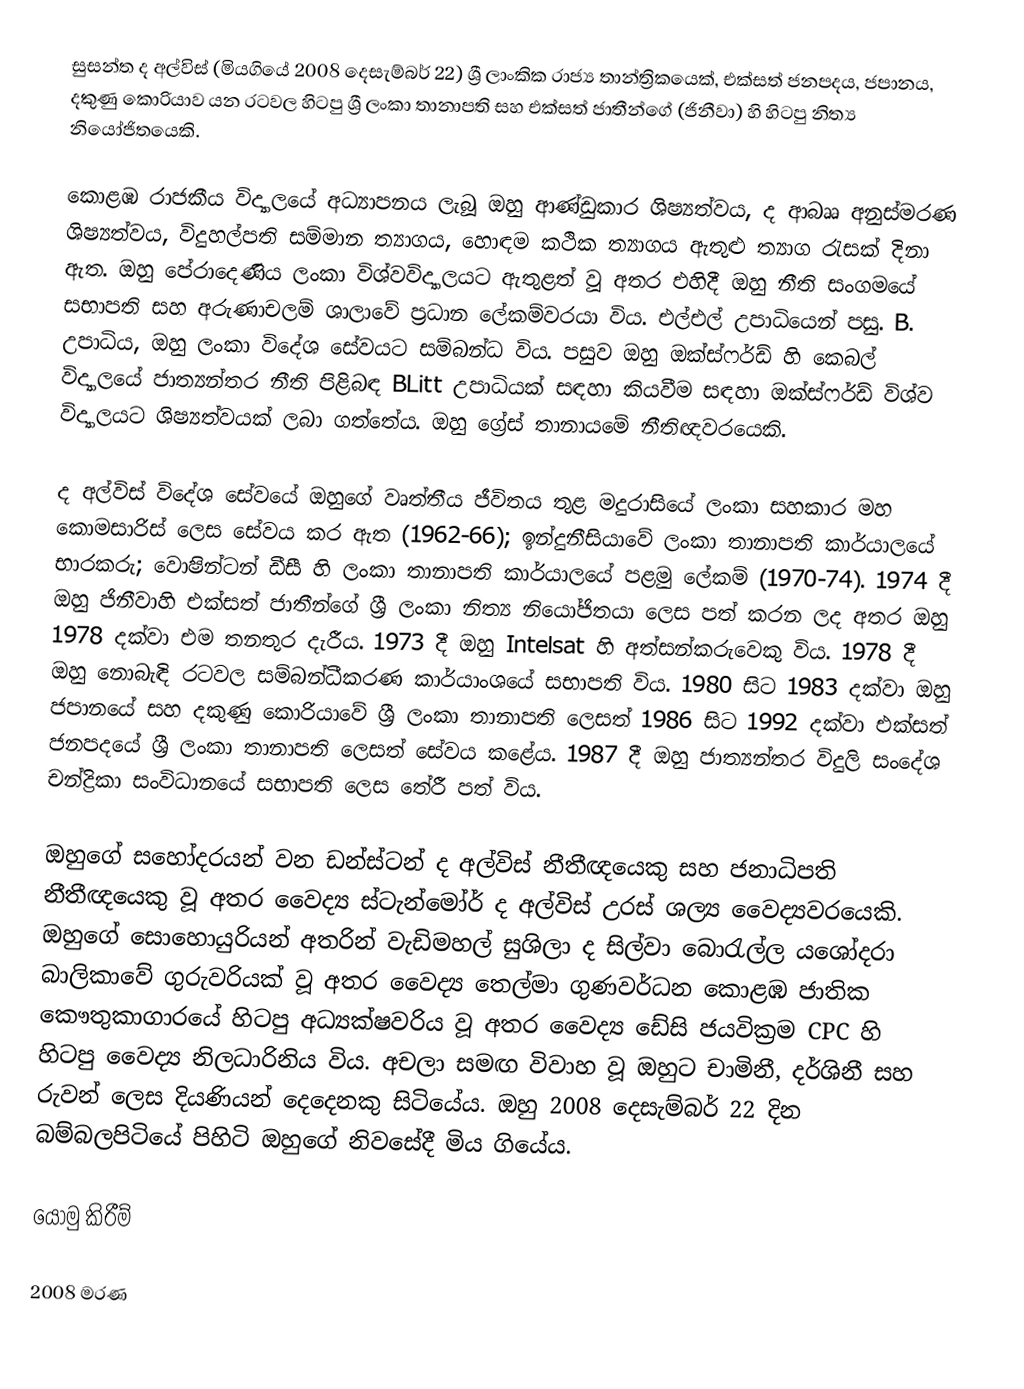
සුසන්ත ද අල්විස් (මියගියේ 2008 දෙසැම්බර් 22) ශ්‍රී ලාංකික රාජ්‍ය තාන්ත්‍රිකයෙක්, එක්සත් ජනපදය, ජපානය, දකුණු කොරියාව යන රටවල හිටපු ශ්‍රී ලංකා තානාපති සහ එක්සත් ජාතීන්ගේ (ජිනීවා) හි හිටපු නිත්‍ය නියෝජිතයෙකි.

කොළඹ රාජකීය විද්‍යාලයේ අධ්‍යාපනය ලැබූ ඔහු ආණ්ඩුකාර ශිෂ්‍යත්වය, ද ආබෲ අනුස්මරණ ශිෂ්‍යත්වය, විදුහල්පති සම්මාන ත්‍යාගය, හොඳම කථික ත්‍යාගය ඇතුළු ත්‍යාග රැසක් දිනා ඇත. ඔහු පේරාදෙණිය ලංකා විශ්වවිද්‍යාලයට ඇතුළත් වූ අතර එහිදී ඔහු නීති සංගමයේ සභාපති සහ අරුණාචලම් ශාලාවේ ප්‍රධාන ලේකම්වරයා විය. එල්එල් උපාධියෙන් පසු. B. උපාධිය, ඔහු ලංකා විදේශ සේවයට සම්බන්ධ විය. පසුව ඔහු ඔක්ස්ෆර්ඩ් හි කෙබල් විද්‍යාලයේ ජාත්‍යන්තර නීති පිළිබඳ BLitt උපාධියක් සඳහා කියවීම සඳහා ඔක්ස්ෆර්ඩ් විශ්ව විද්‍යාලයට ශිෂ්‍යත්වයක් ලබා ගත්තේය. ඔහු ග්‍රේස් තානායමේ නීතිඥවරයෙකි.

ද අල්විස් විදේශ සේවයේ ඔහුගේ වෘත්තීය ජීවිතය තුළ මදුරාසියේ ලංකා සහකාර මහ කොමසාරිස් ලෙස සේවය කර ඇත (1962-66); ඉන්දුනීසියාවේ ලංකා තානාපති කාර්යාලයේ භාරකරු; වොෂින්ටන් ඩීසී හි ලංකා තානාපති කාර්යාලයේ පළමු ලේකම් (1970-74). 1974 දී ඔහු ජිනීවාහි එක්සත් ජාතීන්ගේ ශ්‍රී ලංකා නිත්‍ය නියෝජිතයා ලෙස පත් කරන ලද අතර ඔහු 1978 දක්වා එම තනතුර දැරීය. 1973 දී ඔහු Intelsat හි අත්සන්කරුවෙකු විය. 1978 දී ඔහු නොබැඳි රටවල සම්බන්ධීකරණ කාර්යාංශයේ සභාපති විය. 1980 සිට 1983 දක්වා ඔහු ජපානයේ සහ දකුණු කොරියාවේ ශ්‍රී ලංකා තානාපති ලෙසත් 1986 සිට 1992 දක්වා එක්සත් ජනපදයේ ශ්‍රී ලංකා තානාපති ලෙසත් සේවය කළේය. 1987 දී ඔහු ජාත්‍යන්තර විදුලි සංදේශ චන්ද්‍රිකා සංවිධානයේ සභාපති ලෙස තේරී පත් විය.

ඔහුගේ සහෝදරයන් වන ඩන්ස්ටන් ද අල්විස් නීතීඥයෙකු සහ ජනාධිපති නීතීඥයෙකු වූ අතර වෛද්‍ය ස්ටැන්මෝර් ද අල්විස් උරස් ශල්‍ය වෛද්‍යවරයෙකි. ඔහුගේ සොහොයුරියන් අතරින් වැඩිමහල් සුශිලා ද සිල්වා බොරැල්ල යශෝදරා බාලිකාවේ ගුරුවරියක් වූ අතර වෛද්‍ය තෙල්මා ගුණවර්ධන කොළඹ ජාතික කෞතුකාගාරයේ හිටපු අධ්‍යක්ෂවරිය වූ අතර වෛද්‍ය ඩේසි ජයවික්‍රම CPC හි හිටපු වෛද්‍ය නිලධාරිනිය විය. අචලා සමඟ විවාහ වූ ඔහුට චාමිනී, දර්ශිනී සහ රුවන් ලෙස දියණියන් දෙදෙනකු සිටියේය. ඔහු 2008 දෙසැම්බර් 22 දින බම්බලපිටියේ පිහිටි ඔහුගේ නිවසේදී මිය ගියේය.

යොමු කිරීම්

2008 මරණ